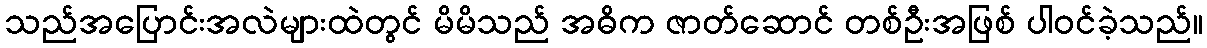
သည်အပြောင်းအလဲများထဲတွင် မိမိသည် အဓိက ဇာတ်ဆောင် တစ်ဦးအဖြစ် ပါဝင်ခဲ့သည်။